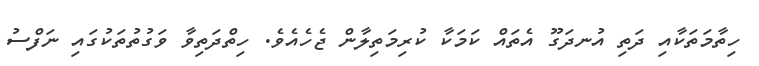
ހިތާމަތަކާއި ދަތި އުނދަގޫ އެތައް ކަމަކާ ކުރިމަތިލާން ޖެހެއެވެ. ހިތްދަތިވާ ވަގުތުތަކުގައި ނަފްސު